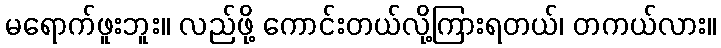
မရောက်ဖူးဘူး။ လည်ဖို့ ကောင်းတယ်လို့ကြားရတယ်၊ တကယ်လား။